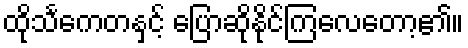
ထိုသင်္ကေတနှင့် ပြောဆိုနိုင်ကြလေတော့၏။